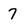
Character: 7